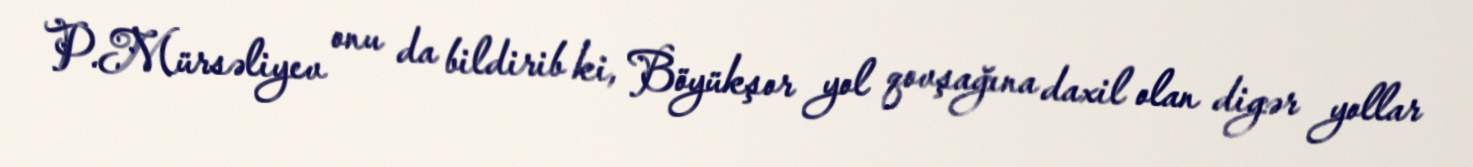
P.Mürsəliyev onu da bildirib ki, Böyükşor yol qovşağına daxil olan digər yollar